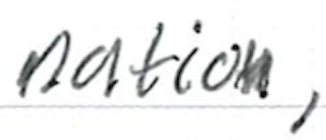
Text: nation,
Cross-out: clean
Writing tool: ballpoint